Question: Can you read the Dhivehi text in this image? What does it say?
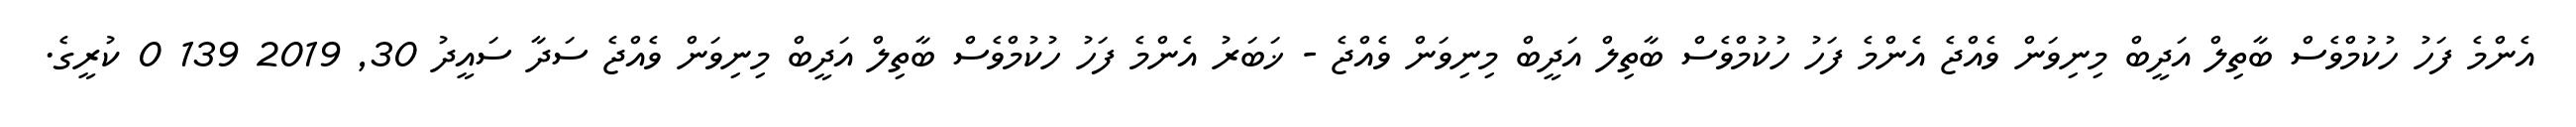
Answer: އެންމެ ފަހު ހުކުމްވެސް ބާތިލް އަދީބް މިނިވަން ވެއްޖެ އެންމެ ފަހު ހުކުމްވެސް ބާތިލް އަދީބް މިނިވަން ވެއްޖެ - ޚަބަރު އެންމެ ފަހު ހުކުމްވެސް ބާތިލް އަދީބް މިނިވަން ވެއްޖެ ސަދާ ސައީދު 30, 2019 139 0 ކުރީގެ.